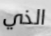
الذي